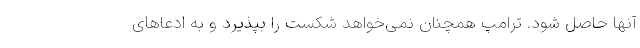
آنها حاصل شود. ترامپ همچنان نمی‌خواهد شکست را بپذیرد و به ادعاهای